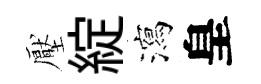
壓綻瀉皇